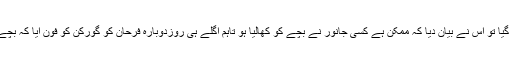
گورکن سے تھانے میں پوچھا گیا تو اس نے بیان دیا کہ ممکن ہے کسی جانور نے بچے کو کھالیا ہو تاہم اگلے ہی روزدوبارہ فرحان کو گورکن کو فون آیا کہ بچے کی لاش قبر میں موجود ہے۔